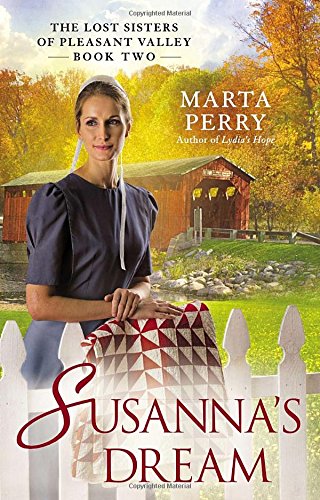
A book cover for Susanna's Dream: The Lost Sisters of Pleasant Valley, Book Two; Marta Perry; Literature & Fiction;